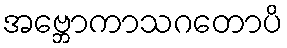
အဗ္ဘောကာသဂတောပိ